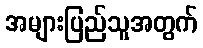
အများပြည်သူအတွက်